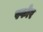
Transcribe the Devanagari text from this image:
स्फोर